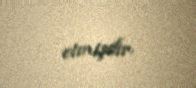
etmişdir.